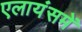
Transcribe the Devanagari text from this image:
एलायंसमें